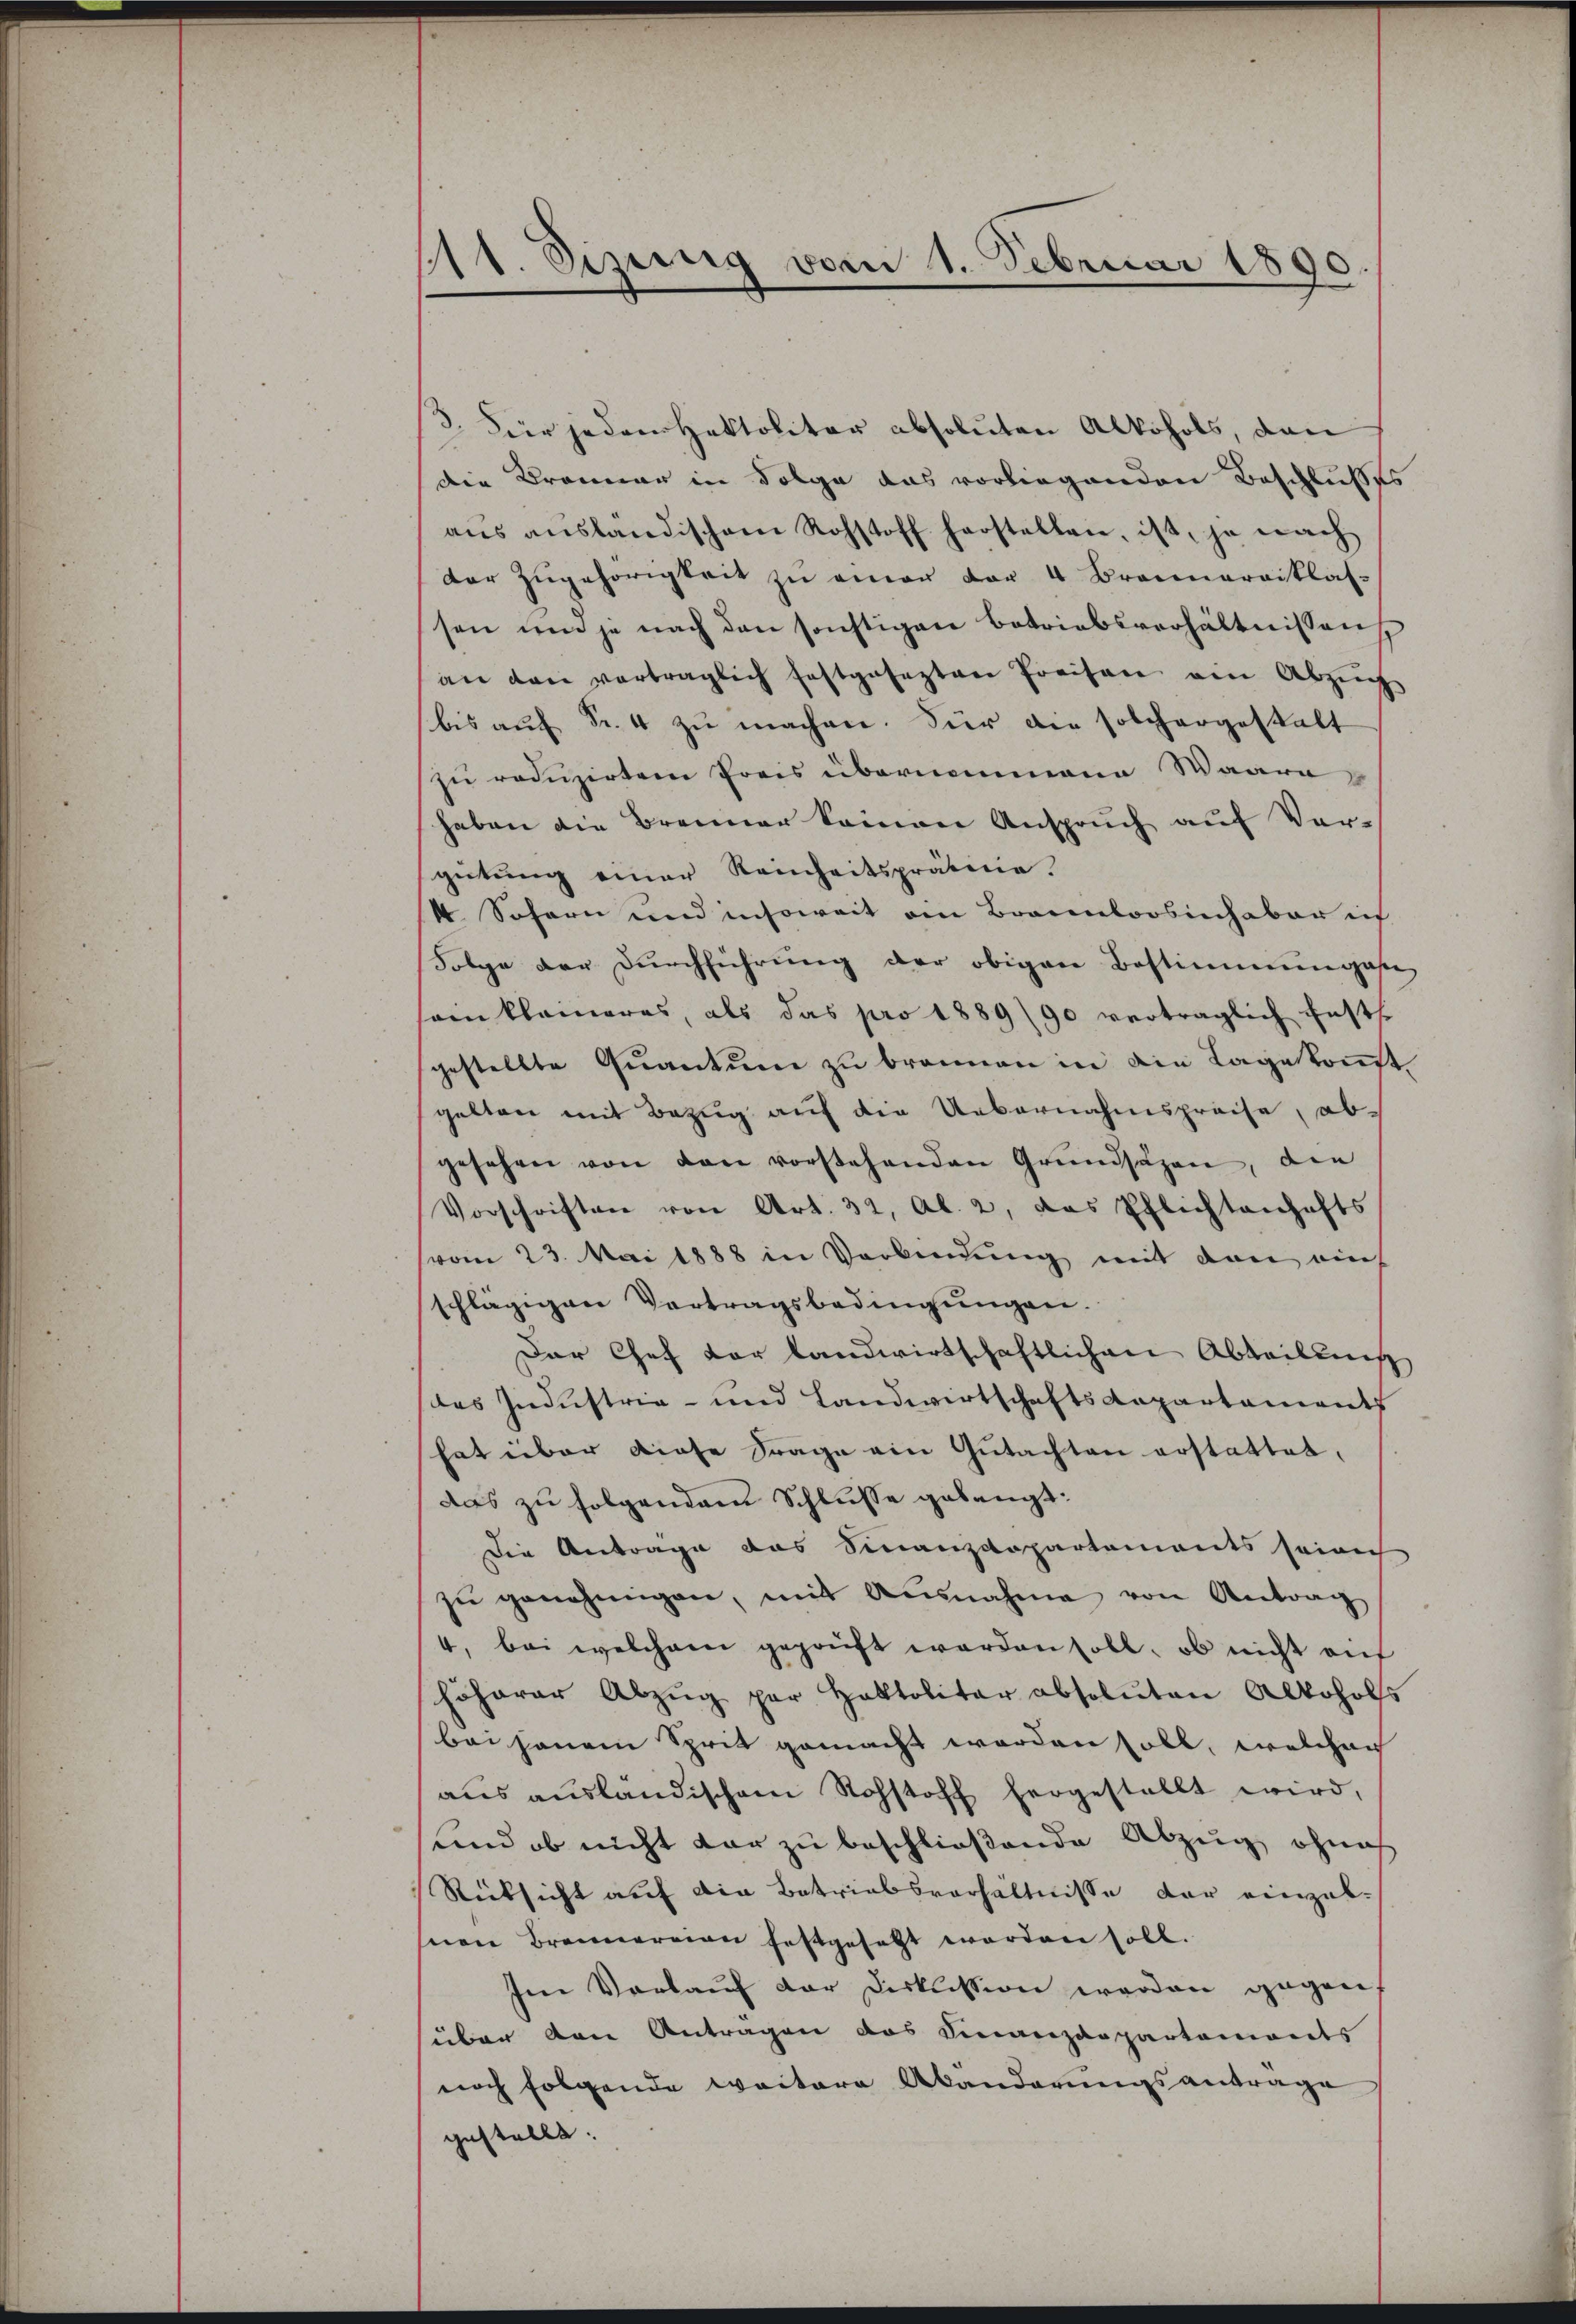
211. Sizung vom 1. Februar 1890.

3. Fier jedem Hektolitar absoluten Alkohols, dan
die Brenner in Folge das vorliegenden Beschlußes
aŭs aŭsländischem Rohstoff herstellen, ist, je nach
der Zugehörigkeit zu einer der 4 Braunaraiklas-
sen und je nach den sochtigen betriebsverhältnissen
an den verträglich festgesezten Preisen ein Abzŭg
bis auf Fr. 4 zu machen. Für die solchergestalt
zu reduzirten Preis übernommene Waare
haben die Brenner keinen Anspruch auf Vergütŭng einer Reinheitsprämie.
 Sofern und insoweit an Braunkoosinhaber ich
Folge der Durchführung der obigen Bestimmungese
sein kleineres, als das pro 1889/90 verträglich fests
gestellte Qŭantŭm zŭ bronnen in die Lage kommt
gelten mit Bezug auf die Uebernahmspreise, abgesehen von den vorstehenden Grundsäzen, die
Vorschriften von Art. 32, Al. 2, das Pflichtanhafts
(vom 23. Mai 1888 in Verbindung mit den auf
schlägigen Vertragsbedingungen.
Der Chef vor landwirtschaftlichen Abteilenis
des Industrie- und Landwirtschafts Repartaments
hat über diese Frage ein Gutachten erstattet.
das zu folgendem Schlusse gelangt:
Die Antrage das Finanzdepartements seinich
zŭ genehmigen, mit Ausnahme von Antrag
4, bei welchem geprüft werden soll, ob nicht auf
höherer Abzŭg par Haltolitar absoluten Alkohols
bei jenem Sprit gemacht worden soll, welchen
aŭs aŭsländischem Rohstoff hergestellt wird,
und ob nicht dar zu beschließende Abzug, ohnes
Rücksicht auf die Betriebsverhältnisse der einzelsnen Brennereien festgesetzt worden soll.
Ien Vorlauf der Diskussion werden gegen
über den Antragen das Finanzappartements
noch folgende weitere Abänderungsantrage
gestellt.